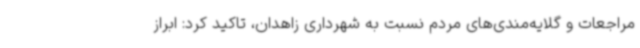
مراجعات و گلایه‌مندی‌های مردم نسبت به شهرداری زاهدان، تاکید کرد: ابراز